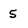
Character: 5